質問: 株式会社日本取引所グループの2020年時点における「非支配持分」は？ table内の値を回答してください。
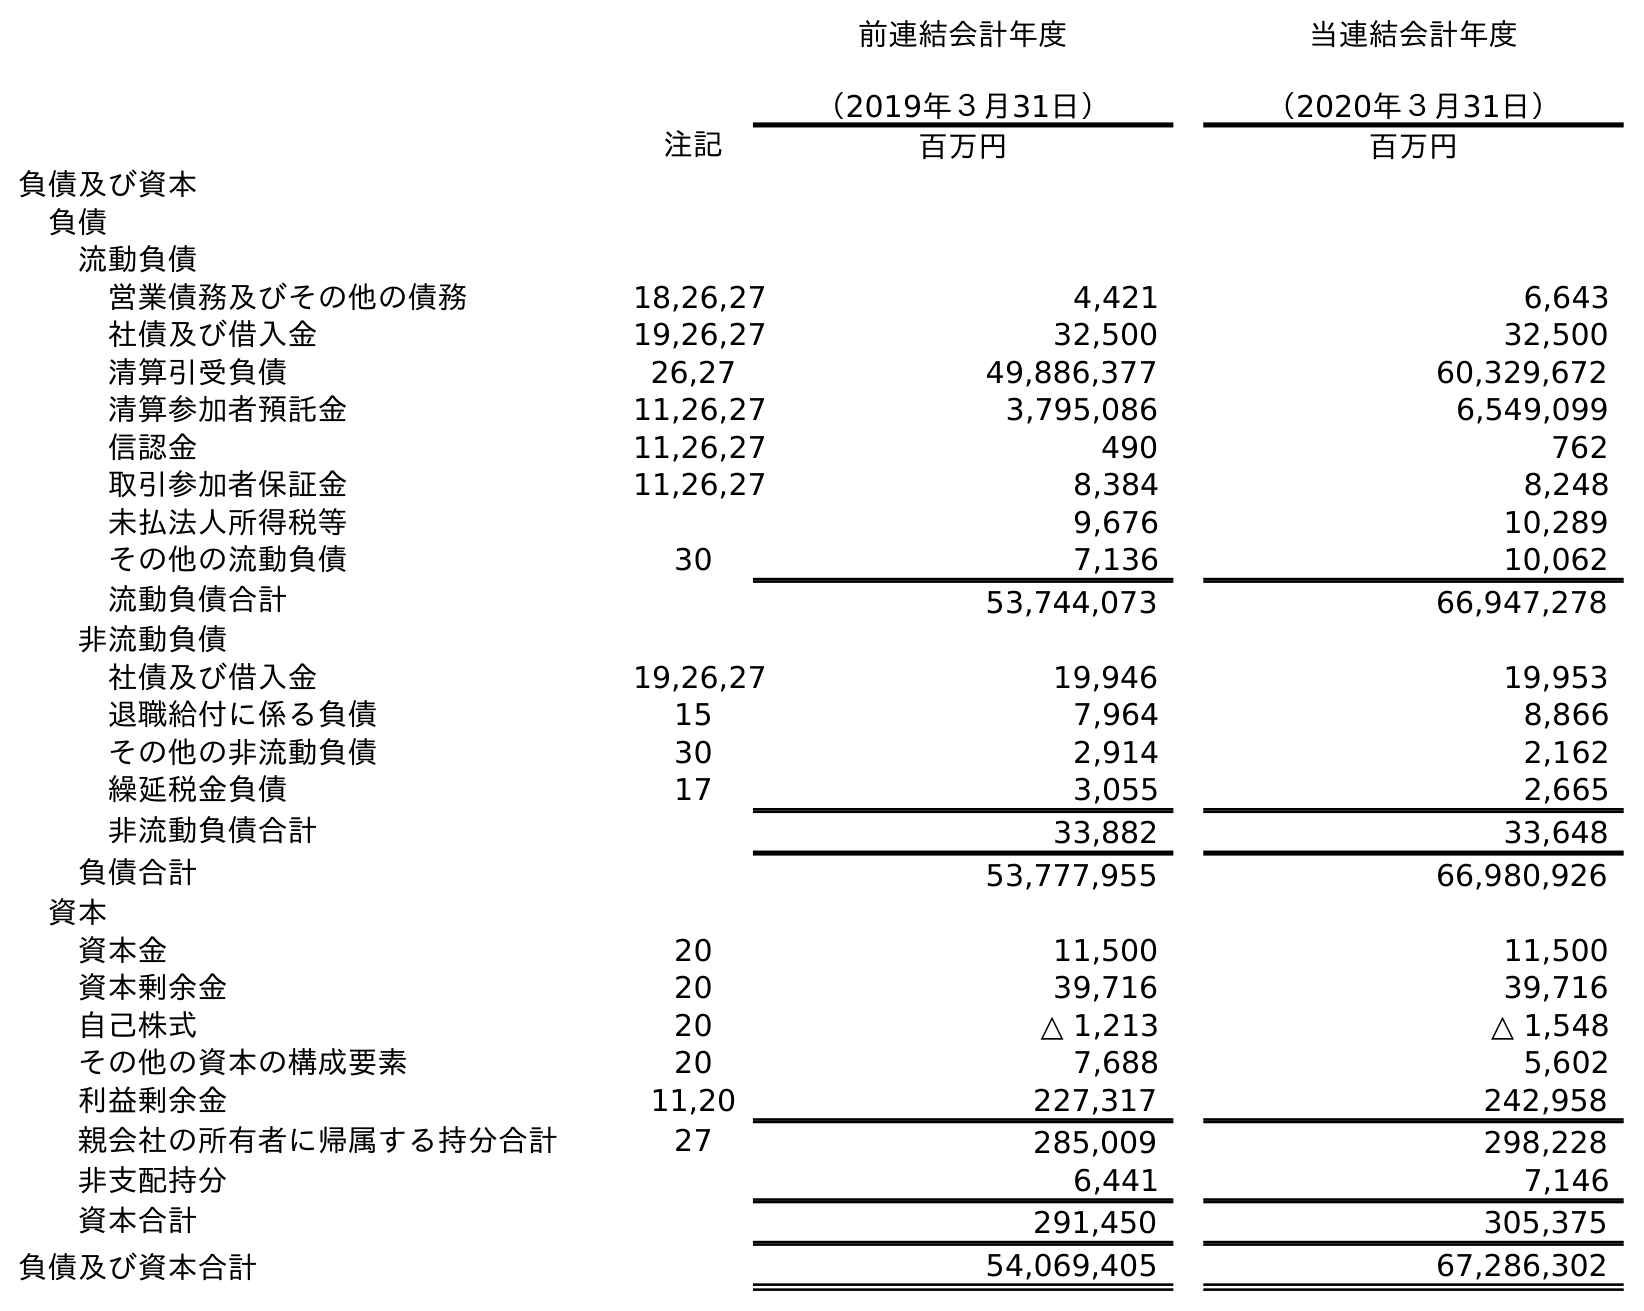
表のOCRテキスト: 前連結会計年度 （2019年３月31日） 当連結会計年度 （2020年３月31日） 注記 百万円 百万円 負債及び資本 負債 流動負債 営業債務及びその他の債務 18,26,27 4,421 6,643 社債及び借入金 19,26,27 32,500 32,500 清算引受負債 26,27 49,886,377 60,329,672 清算参加者預託金 11,26,27 3,795,086 6,549,099 信認金 11,26,27 490 762 取引参加者保証金 11,26,27 8,384 8,248 未払法人所得税等 9,676 10,289 その他の流動負債 30 7,136 10,062 流動負債合計 53,744,073 66,947,278 非流動負債 社債及び借入金 19,26,27 19,946 19,953 退職給付に係る負債 15 7,964 8,866 その他の非流動負債 30 2,914 2,162 繰延税金負債 17 3,055 2,665 非流動負債合計 33,882 33,648 負債合計 53,777,955 66,980,926 資本 資本金 20 11,500 11,500 資本剰余金 20 39,716 39,716 自己株式 20 △ 1,213 △ 1,548 その他の資本の構成要素 20 7,688 5,602 利益剰余金 11,20 227,317 242,958 親会社の所有者に帰属する持分合計 27 285,009 298,228 非支配持分 6,441 7,146 資本合計 291,450 305,375 負債及び資本合計 54,069,405 67,286,302
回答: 7,146